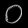
Digit: ၀